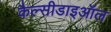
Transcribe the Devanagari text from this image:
कैल्सीडाइऑल